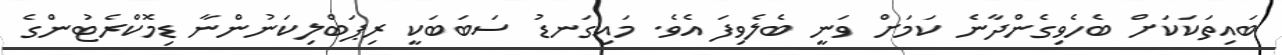
ބައިތަކަކަށް ބެހެވިގެންދާނެ ކަމަށް ވަނީ ބެލެވިފަ އެވެ. މައިގަނޑު ސަބަބަކީ ރިޕަބްލިކަނުންނާ ޑިމޮކްރެޓުންގެ